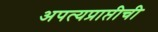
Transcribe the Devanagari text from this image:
अपत्यप्राप्तीची